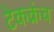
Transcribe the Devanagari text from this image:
टेकक्रंच